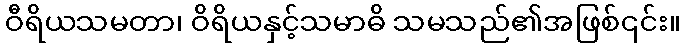
ဝီရိယသမတာ၊ ဝိရိယနှင့်သမာဓိ သမသည်၏အဖြစ်၎င်း။